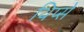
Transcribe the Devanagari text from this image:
थिप्से